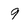
Character: 9